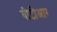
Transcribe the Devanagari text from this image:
बीटीआर